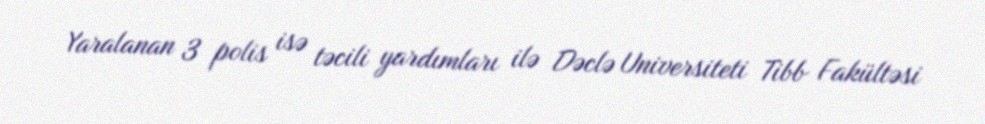
Yaralanan 3 polis isə təcili yardımları ilə Dəclə Universiteti Tibb Fakültəsi